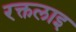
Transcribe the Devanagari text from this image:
रक्तलाइ